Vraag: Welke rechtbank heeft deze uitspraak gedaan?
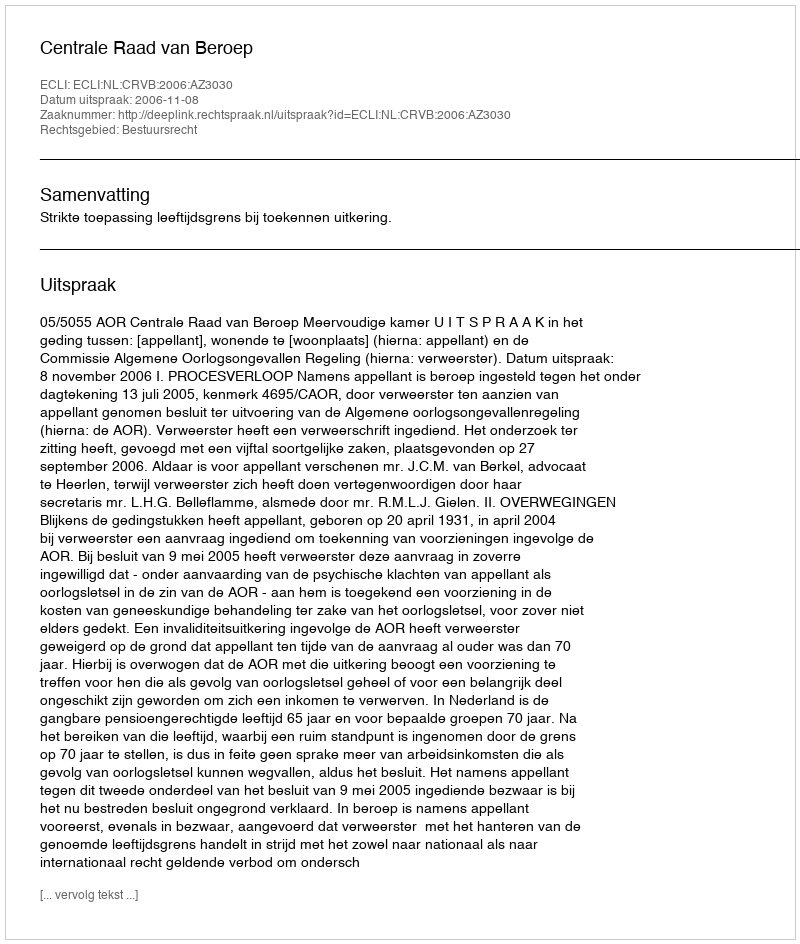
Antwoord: Centrale Raad van Beroep